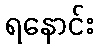
ရနောင်း